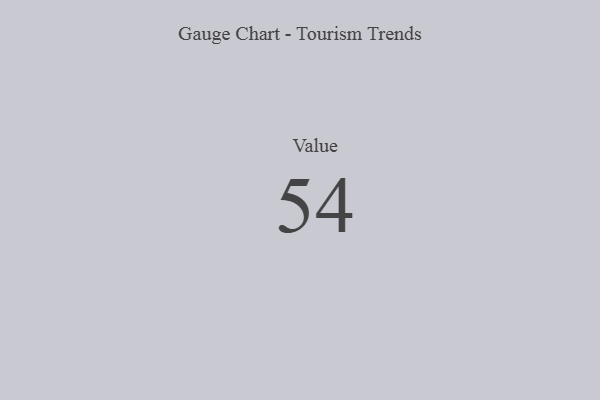
{"axis": {"x": "Metric", "y": "Value"}, "legend": [""], "data": [{"x": "Value", "y": 54, "type": ""}]}